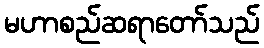
မဟာစည်ဆရာတော်သည်